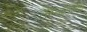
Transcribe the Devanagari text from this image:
लेरुसालिम्स्की